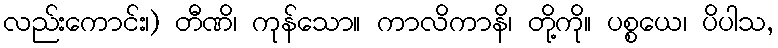
လည်းကောင်း၊) တီဏိ၊ ကုန်သော။ ကာလိကာနိ၊ တို့ကို။ ပစ္စယေ၊ ပိပါသ,